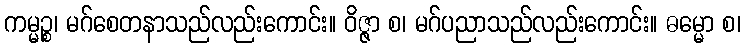
ကမ္မဉ္စ၊ မဂ်စေတနာသည်လည်းကောင်း။ ဝိဇ္ဇာ စ၊ မဂ်ပညာသည်လည်းကောင်း။ ဓမ္မော စ၊